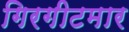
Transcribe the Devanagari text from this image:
गिरगीटमार